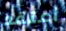
أعتقد